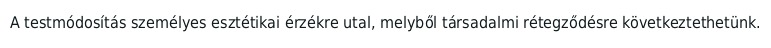
A testmódosítás személyes esztétikai érzékre utal, melyből társadalmi rétegződésre következtethetünk.